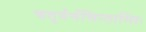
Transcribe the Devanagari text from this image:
चतुर्वर्गचिन्तामािः